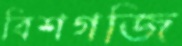
বিশগজি